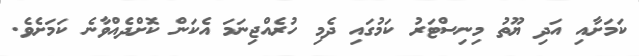
ކަމަށާއި އަދި ޔޫތު މިނިސްޓަރު ކަމުގައި ދެމި ހުރެއްޖިނަމަ އެކަން ކޮށްދެއްވާނެ ކަމަށެވެ.